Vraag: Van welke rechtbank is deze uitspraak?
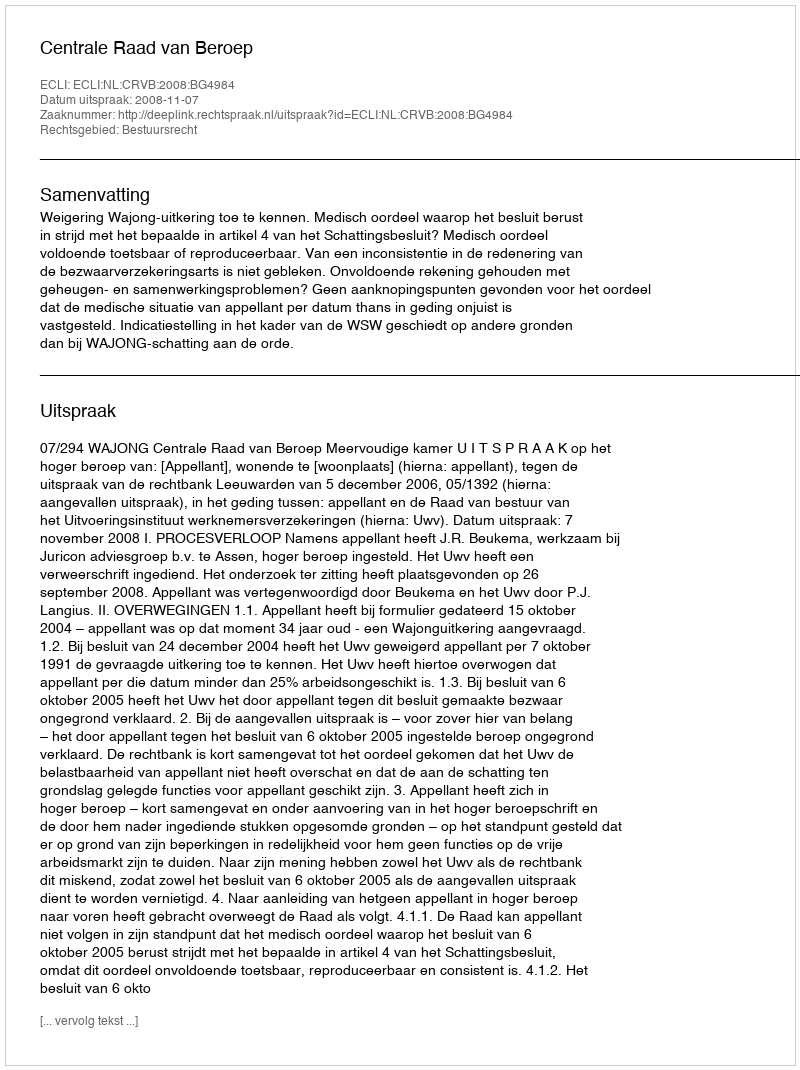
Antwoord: Centrale Raad van Beroep